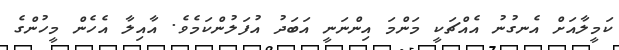
ކަމީލާއަށް އެނގުނު އެއްޗަކީ މަންމަ އިންނަނީ އަބަދު އުފަލުންކަމެވެ. އާއިލާ އެހެން މީހުންގެ